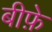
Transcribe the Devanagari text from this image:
बीफ़े